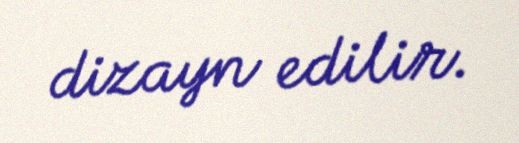
dizayn edilir.